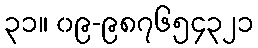
၃၁။ ၀၉-၉၈၇၆၅၄၃၂၁